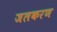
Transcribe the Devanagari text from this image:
जलकरण